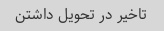
تاخیر در تحویل داشتن